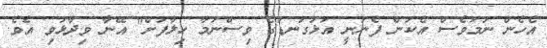
އެހެން ނަމަވެސް އެކަން ފެނުނީ އަޅުގަނޑުގެ ވިސްނުމާ ހިލާފަށް" އޭނާ ވިދާޅުވި އެވެ.